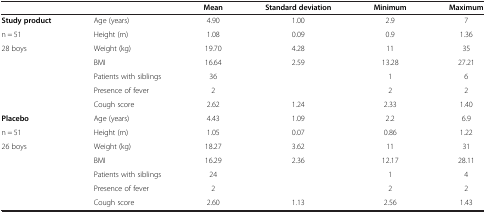
<table><thead><tr><td><b> </b></td><td><b> </b></td><td><b>Mean</b></td><td><b>Standard deviation</b></td><td><b>Minimum</b></td><td><b>Maximum</b></td></tr></thead><tbody><tr><td><b>Study product</b></td><td>Age (years)</td><td>4.90</td><td>1.00</td><td>2.9</td><td>7</td></tr><tr><td>n = 51</td><td>Height (m)</td><td>1.08</td><td>0.09</td><td>0.9</td><td>1.36</td></tr><tr><td>28 boys</td><td>Weight (kg)</td><td>19.70</td><td>4.28</td><td>11</td><td>35</td></tr><tr><td> </td><td>BMI</td><td>16.64</td><td>2.59</td><td>13.28</td><td>27.21</td></tr><tr><td> </td><td>Patients with siblings</td><td>36</td><td> </td><td>1</td><td>6</td></tr><tr><td> </td><td>Presence of fever</td><td>2</td><td> </td><td>2</td><td>2</td></tr><tr><td> </td><td>Cough score</td><td>2.62</td><td>1.24</td><td>2.33</td><td>1.40</td></tr><tr><td><b>Placebo</b></td><td>Age (years)</td><td>4.43</td><td>1.09</td><td>2.2</td><td>6.9</td></tr><tr><td>n = 51</td><td>Height (m)</td><td>1.05</td><td>0.07</td><td>0.86</td><td>1.22</td></tr><tr><td>26 boys</td><td>Weight (kg)</td><td>18.27</td><td>3.62</td><td>11</td><td>31</td></tr><tr><td> </td><td>BMI</td><td>16.29</td><td>2.36</td><td>12.17</td><td>28.11</td></tr><tr><td> </td><td>Patients with siblings</td><td>24</td><td> </td><td>1</td><td>4</td></tr><tr><td> </td><td>Presence of fever</td><td>2</td><td> </td><td>2</td><td>2</td></tr><tr><td> </td><td>Cough score</td><td>2.60</td><td>1.13</td><td>2.56</td><td>1.43</td></tr></tbody></table>